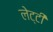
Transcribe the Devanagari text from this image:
लेट्टी